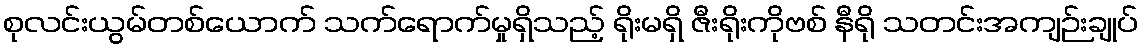
စုလင်းယွမ်တစ်ယောက် သက်ရောက်မှုရှိသည့် ရိုးမရှိ ဇီးရိုးကိုဗစ် နီရို သတင်းအကျဉ်းချုပ်